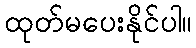
ထုတ်မပေးနိုင်ပါ။